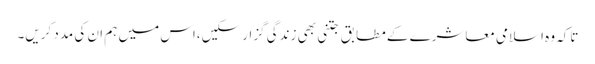
تاکہ وہ اسلامی معاشرے کے مطابق جتنی بھی زندگی گزار سکیں،اس میں ہم ان کی مدد کریں۔